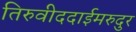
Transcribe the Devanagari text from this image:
तिरुवीददाईमरुदुर